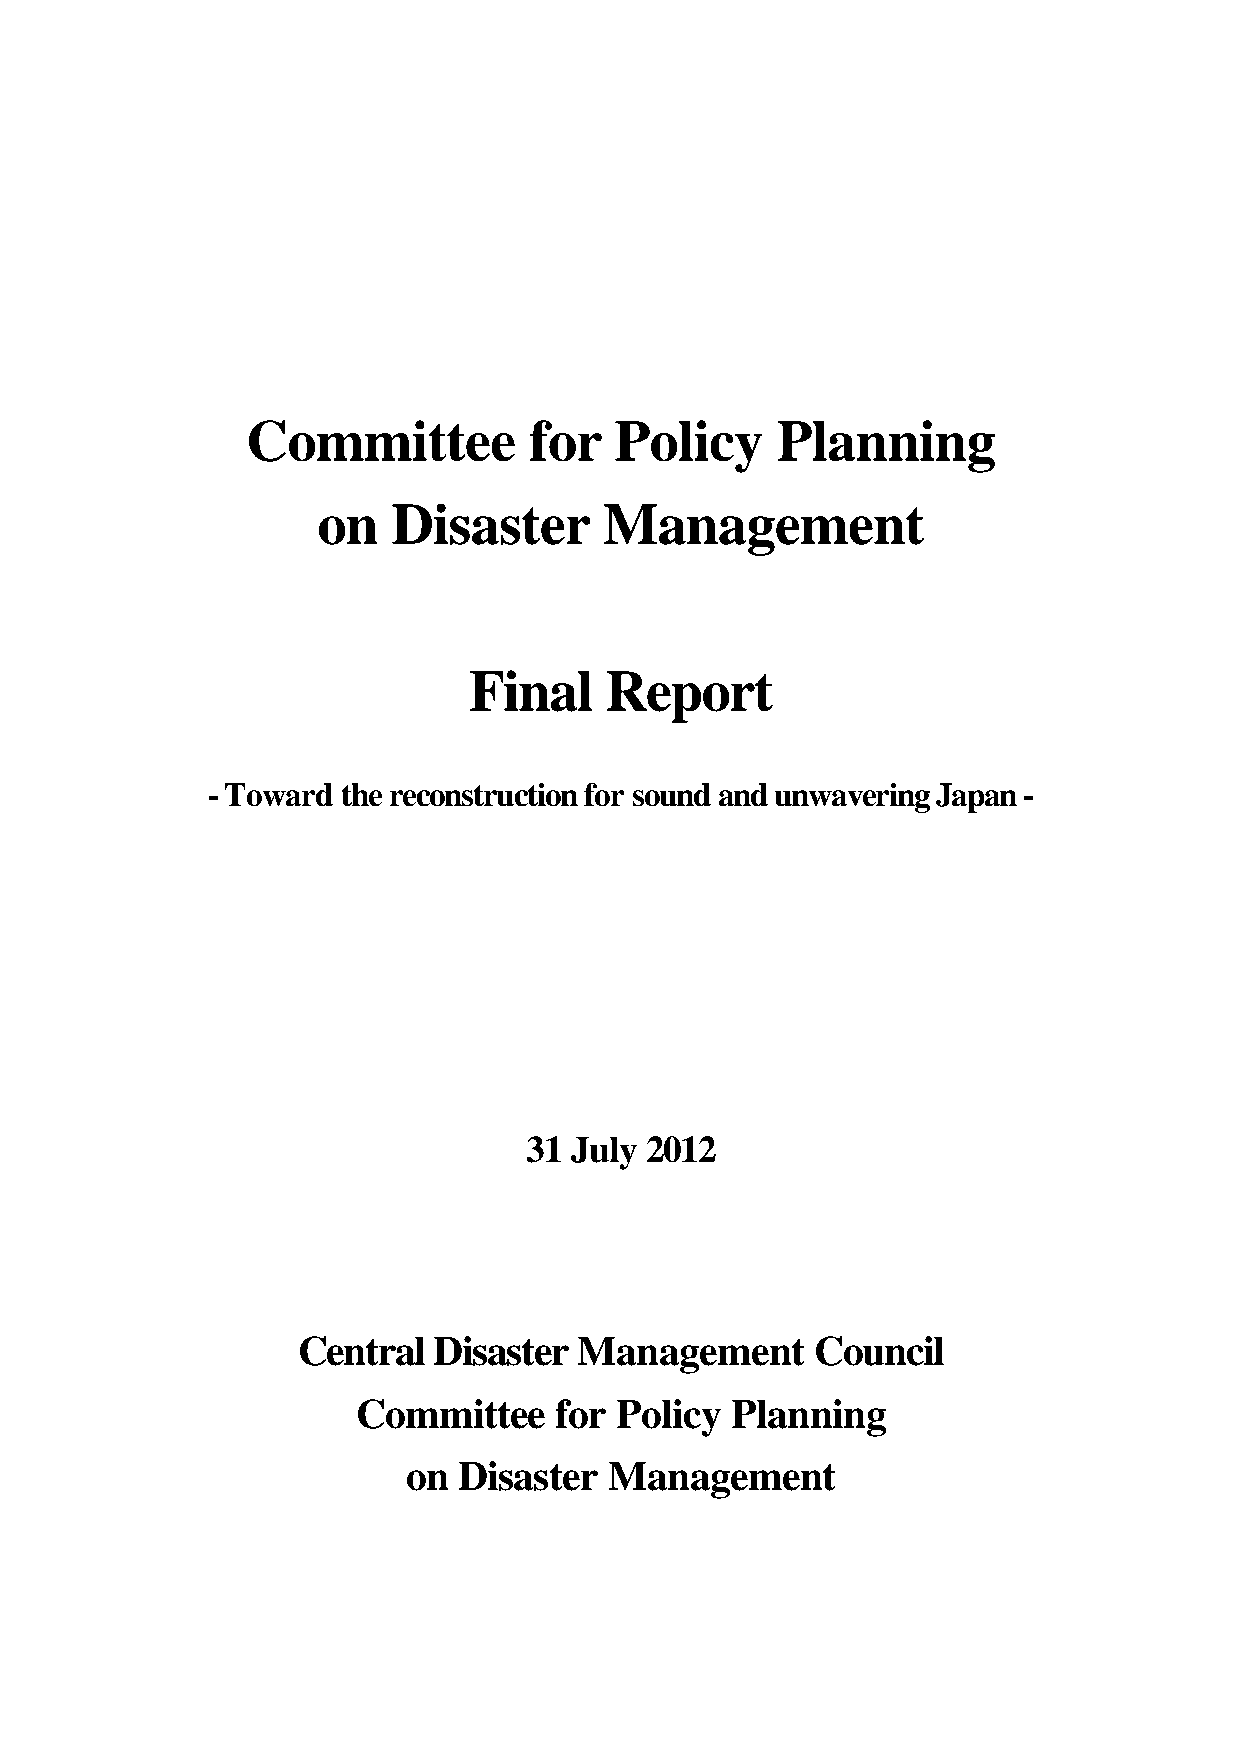
Committee          for   Policy    Planning
 on   Disaster      Management
 Final    Report
 - Toward the reconstruction for sound and unwavering Japan -
 31 July 2012
 Central  Disaster Management      Council
 Committee    for Policy Planning
 on Disaster  Management